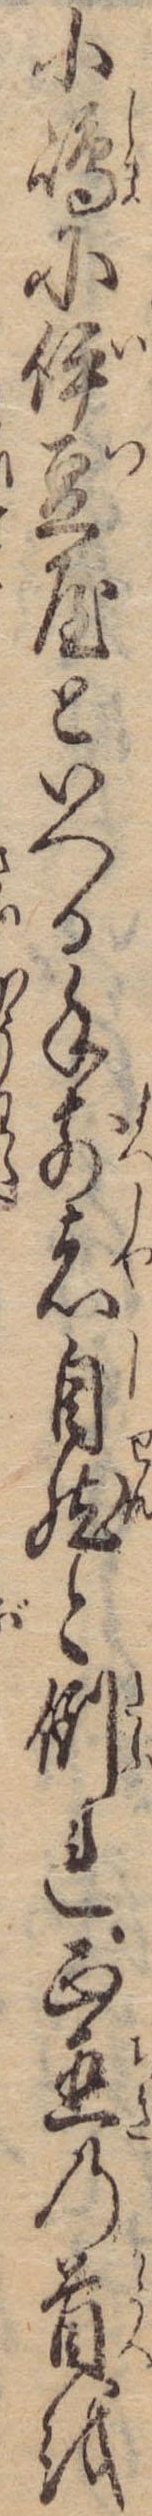
小島に伊豆屋といへる手前者自然と倒れ正直の首を